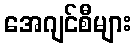
အေဂျင်စီများ